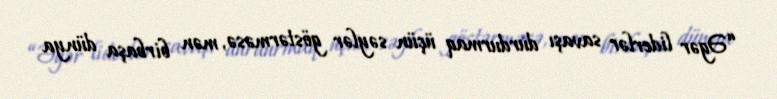
“Əgər liderlər savaşı durdurmaq üçün səylər göstərməsə, mən birbaşa dünya